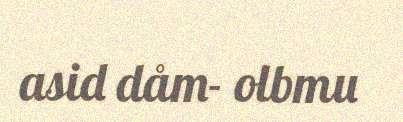
asid dåm- olbmu